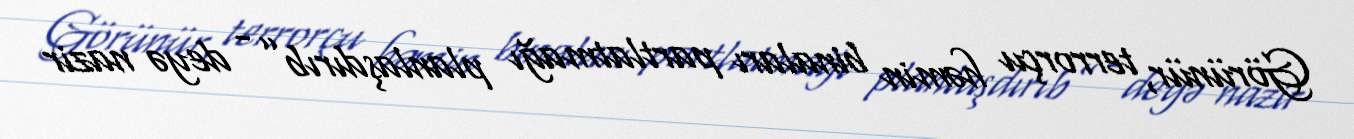
Görünür, terrorçu həmin binaları partlatmağı planlaşdırıb” - deyə nazir